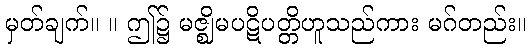
မှတ်ချက်။ ။ ဤ၌ မဇ္ဈိမပဋိပတ္တိဟူသည်ကား မဂ်တည်း။